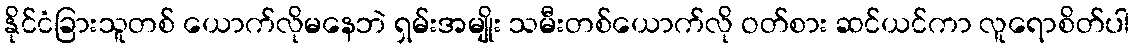
နိုင်ငံခြားသူတစ် ယောက်လိုမနေဘဲ ရှမ်းအမျိုး သမီးတစ်ယောက်လို ဝတ်စား ဆင်ယင်ကာ လူရောစိတ်ပါ